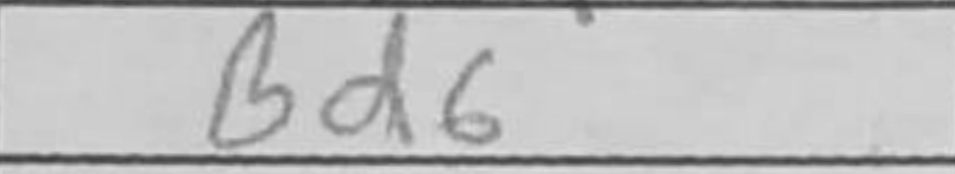
Transcription: Bd6